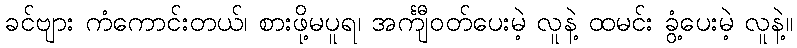
ခင်ဗျား ကံကောင်းတယ်၊ စားဖို့မပူရ၊ အင်္ကျီဝတ်ပေးမဲ့ လူနဲ့ ထမင်း ခွံ့ပေးမဲ့ လူနဲ့။